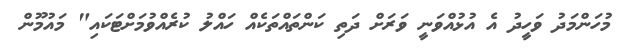
މުހަންމަދު ވަހީދު އެ އުޅުއްވަނީ ވަރަށް ދަތި ކަންތައްތަކެއް ހައްލު ކުރެއްވުމަށްޓަކައި" މައުމޫން